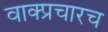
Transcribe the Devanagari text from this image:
वाक्प्रचारच